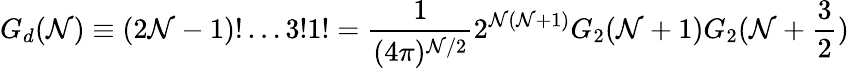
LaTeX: G_{d}(\mathcal{N})\equiv(2\mathcal{N}-1)!\ldots3!1!={\frac{{1}}{{(4\pi)^{\mathcal{N}/2}}}}2^{\mathcal{N}(\mathcal{N}+1)}G_{2}(\mathcal{N}+1)G_{2}(\mathcal{N}+{\frac{{3}}{{2}}})